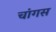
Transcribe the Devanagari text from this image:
चांगस